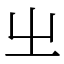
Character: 㞢